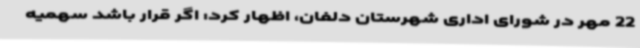
22 مهر در شورای اداری شهرستان دلفان، اظهار کرد: اگر قرار باشد سهمیه